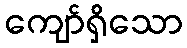
ကျော်ရှိသော